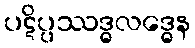
ပဋိပ္ပဿဒ္ဓလဒ္ဓေန